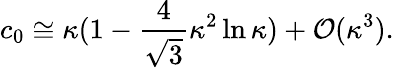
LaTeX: c_{0}\cong\kappa(1-\frac{4}{\sqrt{3}}\kappa^{2}\ln\kappa)+{\cal O}(\kappa^{3}).